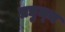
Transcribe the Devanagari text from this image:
प्रद्युम्‍न